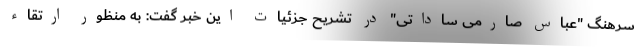
سرهنگ "عباس صارمی ساداتی" در تشریح جزئیات این خبر گفت: به منظور ارتقاء